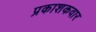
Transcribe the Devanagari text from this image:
प्रकाशकवार